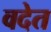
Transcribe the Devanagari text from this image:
वदेत